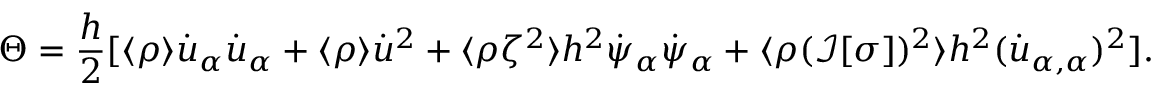
\Theta = \frac { h } { 2 } [ \langle \rho \rangle \dot { u } _ { \alpha } \dot { u } _ { \alpha } + \langle \rho \rangle \dot { u } ^ { 2 } + \langle \rho \zeta ^ { 2 } \rangle h ^ { 2 } \dot { \psi } _ { \alpha } \dot { \psi } _ { \alpha } + \langle \rho ( \mathcal { I } [ \sigma ] ) ^ { 2 } \rangle h ^ { 2 } ( \dot { u } _ { \alpha , \alpha } ) ^ { 2 } ] .